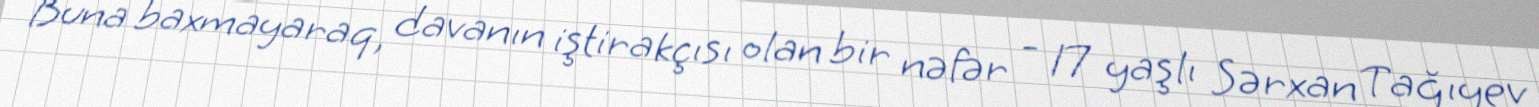
Buna baxmayaraq, davanın iştirakçısı olan bir nəfər - 17 yaşlı Sərxan Tağıyev